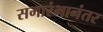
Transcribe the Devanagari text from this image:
समारंभानंतर